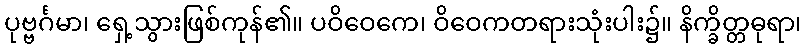
ပုဗ္ဗင်္ဂမာ၊ ရှေ့သွားဖြစ်ကုန်၏။ ပဝိဝေကေ၊ ဝိဝေကတရားသုံးပါး၌။ နိက္ခိတ္တဓုရာ၊